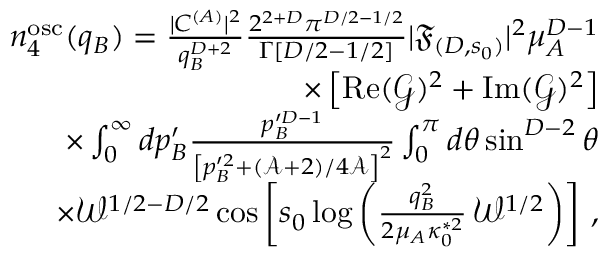
\begin{array} { r l r } & { } & { n _ { 4 } ^ { \mathrm { o s c } } ( q _ { B } ) = \frac { | C ^ { ( A ) } | ^ { 2 } } { q _ { B } ^ { D + 2 } } \frac { 2 ^ { 2 + D } \pi ^ { D / 2 - 1 / 2 } } { \Gamma [ D / 2 - 1 / 2 ] } | \mathfrak { F } _ { ( D , s _ { 0 } ) } | ^ { 2 } \mu _ { A } ^ { D - 1 } } \\ & { } & { \times \left[ \operatorname { R e } ( \mathcal { G } ) ^ { 2 } + \operatorname { I m } ( \mathcal { G } ) ^ { 2 } \right] } \\ & { } & { \times \int _ { 0 } ^ { \infty } d p _ { B } ^ { \prime } \frac { p _ { B } ^ { \prime D - 1 } } { \left[ p _ { B } ^ { \prime 2 } + ( \mathcal { A } + 2 ) / 4 \mathcal { A } \right] ^ { 2 } } \int _ { 0 } ^ { \pi } d \theta \sin ^ { D - 2 } \theta } \\ & { } & { \times \mathcal { W } ^ { 1 / 2 - D / 2 } \cos \left[ s _ { 0 } \log \left( \frac { q _ { B } ^ { 2 } } { 2 \mu _ { A } \kappa _ { 0 } ^ { * 2 } } \, \mathcal { W } ^ { 1 / 2 } \right) \right] \, , } \end{array}